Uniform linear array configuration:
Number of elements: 24
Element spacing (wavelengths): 0.25
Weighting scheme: binomial
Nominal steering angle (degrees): -30
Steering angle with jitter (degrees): -28.342
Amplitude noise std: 0.05
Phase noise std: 0.05

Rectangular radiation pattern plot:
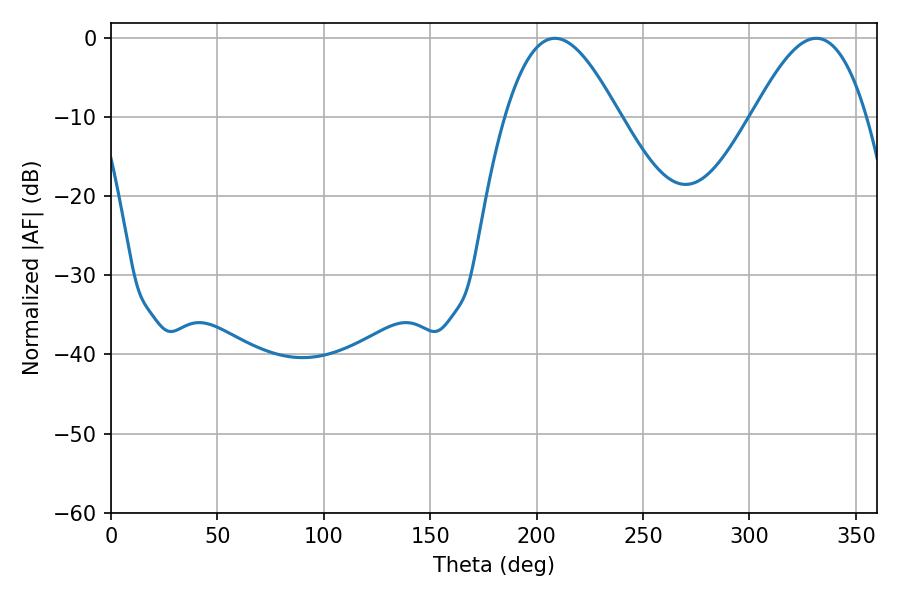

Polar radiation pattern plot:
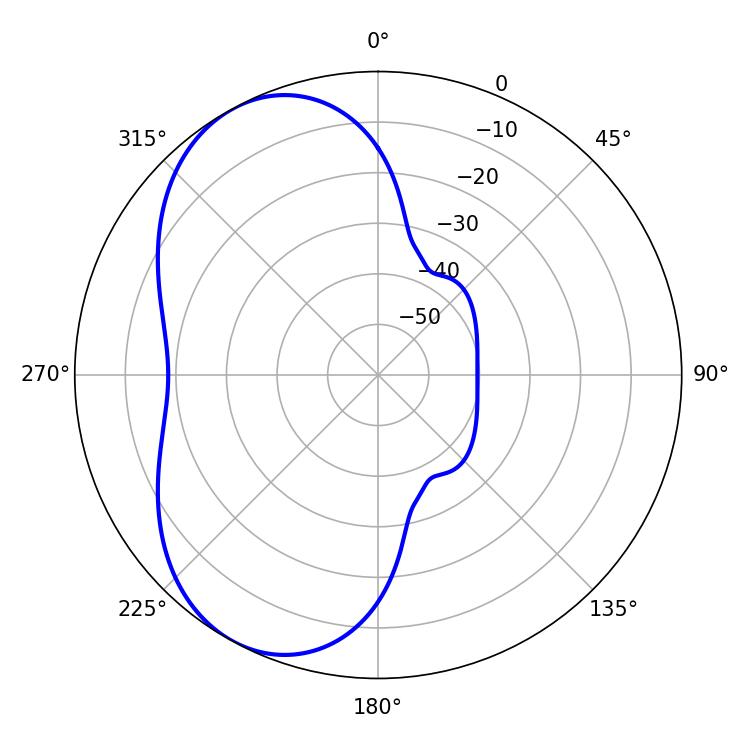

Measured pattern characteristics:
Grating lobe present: FALSE
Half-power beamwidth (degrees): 28.98
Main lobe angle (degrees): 208.62